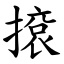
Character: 㨰